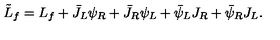
\tilde { L } _ { f } = L _ { f } + \bar { J } _ { L } \psi _ { R } + \bar { J } _ { R } \psi _ { L } + \bar { \psi } _ { L } J _ { R } + \bar { \psi } _ { R } J _ { L } .